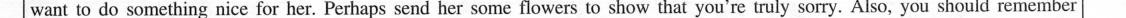
want to do something nice for her. Perhaps send her some flowers to show that you're truly sorry. Also, you should remember